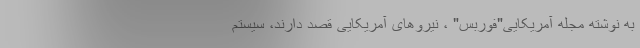
به نوشته مجله آمریکایی"فوربس" ، نیروهای آمریکایی قصد دارند، سیستم